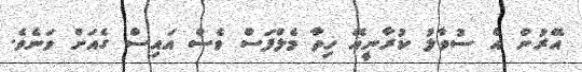
އޭރުން އެ ސުވާލު ކުރާނީއޭ ހިތާ މެލްފަސް ވެސް އައިސް ގެއަށް ވަނެވެ.